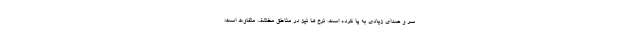
سر و صدای زیادی به پا کرده است. نرخ ها نیز در مناطق مختلف متفاوت است؛